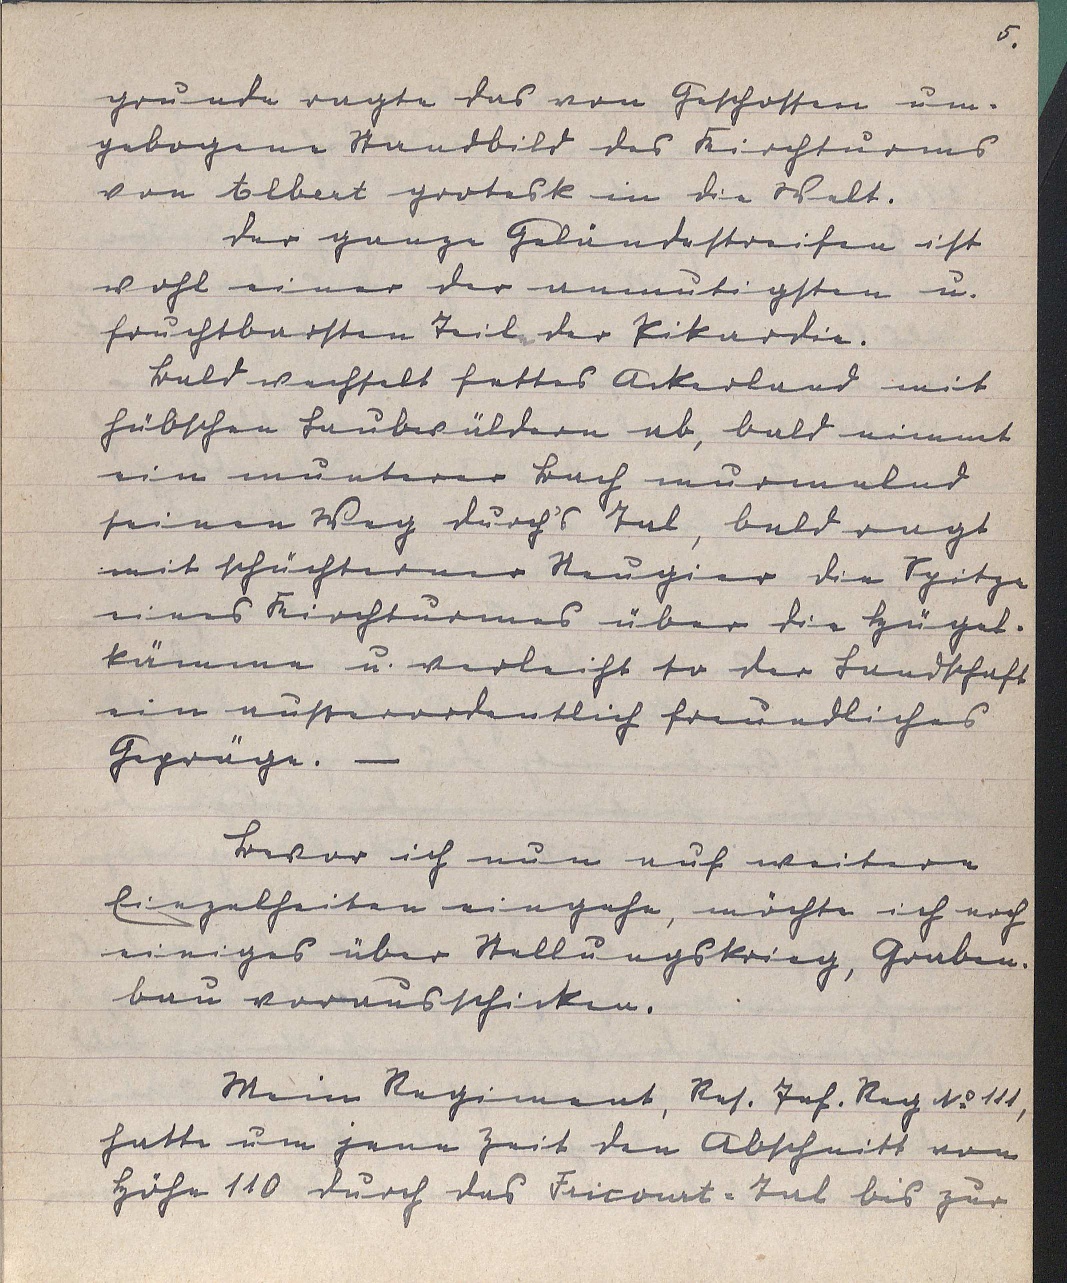
5.
grunde ragte das von Geschossen um¬
gebogene Standbild des Kirchturms
von Albert grotesk in die Welt.
Der ganze Geländestreifen ist
wohl einer der anmutigsten u.
fruchtbarsten Teile der Pikardie.
Bald wechselt fettes Ackerland mit
hübschen Laubwäldern ab, bald nimmt
ein munterer Bach murmelnd
seinen Weg durch's Tal, bald ragt
mit schüchterner Neugier die Spitze
eines Kriegsturmes über die Hügel¬
kämme u. verleiht so der Landschaft
ein außerordentlich freundliches
Gepräge. -
Bevor ich nun auf weitere
Einzelheiten eingehe, möchte ich noch
einiges über Stellungskrieg, Graben¬
bau vorausschicken.
Mein Regiment, Res. Inf. Reg No. 111,
hatte um jene Zeit den Abschnitt von
Höhe 110 durch das Fricourt-Tal bis zur